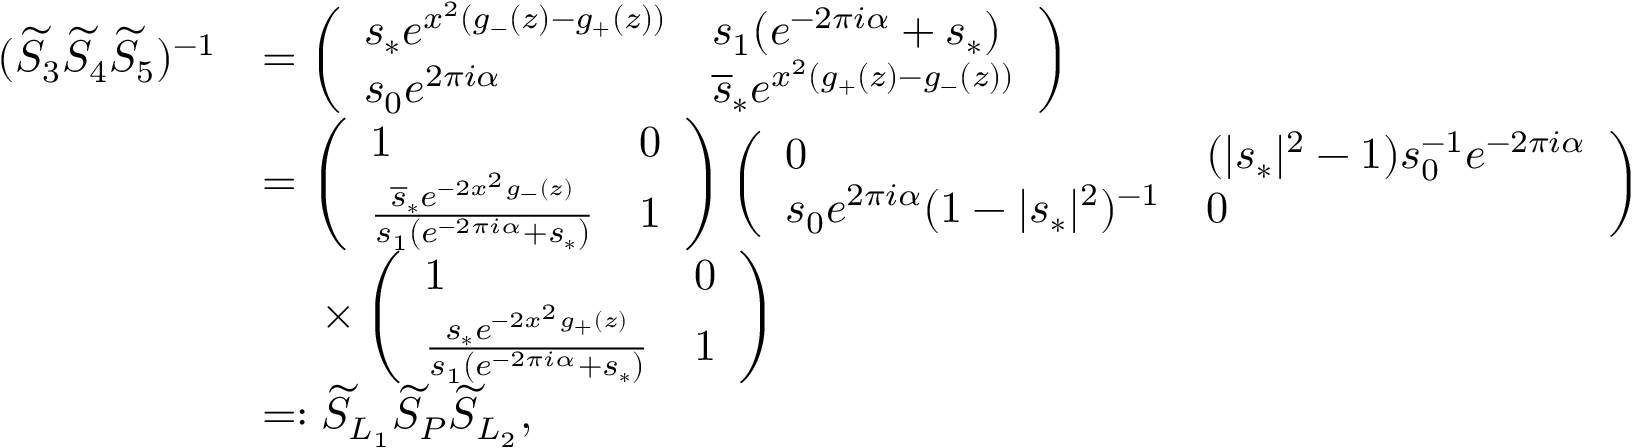
\begin{array} { r l } { ( \widetilde { S } _ { 3 } \widetilde { S } _ { 4 } \widetilde { S } _ { 5 } ) ^ { - 1 } } & { = \left( \begin{array} { l l } { s _ { * } e ^ { x ^ { 2 } ( g _ { - } ( z ) - g _ { + } ( z ) ) } } & { s _ { 1 } ( e ^ { - 2 \pi i \alpha } + s _ { * } ) } \\ { s _ { 0 } e ^ { 2 \pi i \alpha } } & { \overline { { s } } _ { * } e ^ { x ^ { 2 } ( g _ { + } ( z ) - g _ { - } ( z ) ) } } \end{array} \right) } \\ & { = \left( \begin{array} { l l } { 1 } & { 0 } \\ { \frac { \overline { { s } } _ { * } e ^ { - 2 x ^ { 2 } g _ { - } ( z ) } } { s _ { 1 } ( e ^ { - 2 \pi i \alpha } + s _ { * } ) } } & { 1 } \end{array} \right) \left( \begin{array} { l l } { 0 } & { ( | s _ { * } | ^ { 2 } - 1 ) s _ { 0 } ^ { - 1 } e ^ { - 2 \pi i \alpha } } \\ { s _ { 0 } e ^ { 2 \pi i \alpha } ( 1 - | s _ { * } | ^ { 2 } ) ^ { - 1 } } & { 0 } \end{array} \right) } \\ & { ~ ~ ~ ~ \times \left( \begin{array} { l l } { 1 } & { 0 } \\ { \frac { s _ { * } e ^ { - 2 x ^ { 2 } g _ { + } ( z ) } } { s _ { 1 } ( e ^ { - 2 \pi i \alpha } + s _ { * } ) } } & { 1 } \end{array} \right) } \\ & { = : \widetilde { S } _ { L _ { 1 } } \widetilde { S } _ { P } \widetilde { S } _ { L _ { 2 } } , } \end{array}